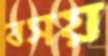
বসয়